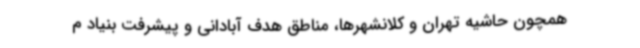
همچون حاشیه تهران و کلانشهرها، مناطق هدف آبادانی و پیشرفت بنیاد م